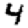
Digit: 4